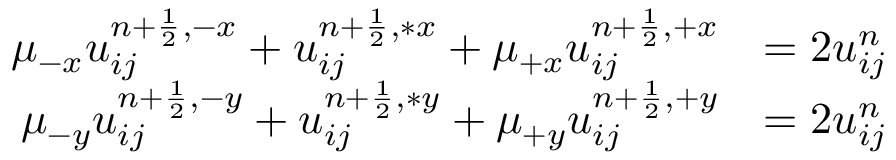
\begin{array} { r l } { \mu _ { - x } u _ { i j } ^ { { n + \frac { 1 } { 2 } } , - x } + u _ { i j } ^ { n + \frac { 1 } { 2 } , \ast x } + \mu _ { + x } u _ { i j } ^ { { n + \frac { 1 } { 2 } } , + x } } & { = 2 u _ { i j } ^ { n } } \\ { \mu _ { - y } u _ { i j } ^ { { n + \frac { 1 } { 2 } } , - y } + u _ { i j } ^ { n + \frac { 1 } { 2 } , \ast y } + \mu _ { + y } u _ { i j } ^ { { n + \frac { 1 } { 2 } } , + y } } & { = 2 u _ { i j } ^ { n } } \end{array}